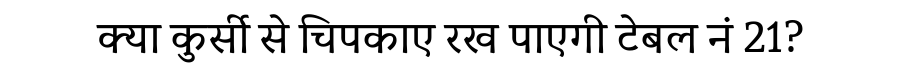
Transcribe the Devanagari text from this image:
क्या कुर्सी से चिपकाए रख पाएगी टेबल नं 21?